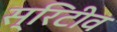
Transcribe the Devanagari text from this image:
स्रिटीव